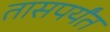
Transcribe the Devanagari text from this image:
तासपर्यंत